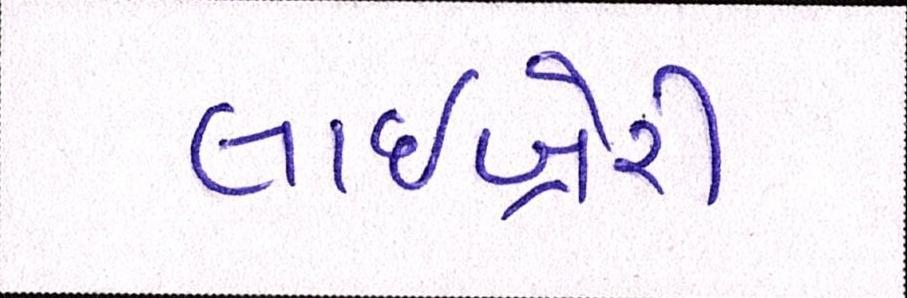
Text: લાઇબ્રેરી